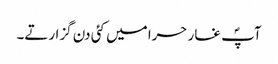
آپؐ غار حرا میں کئی دن گزارتے۔